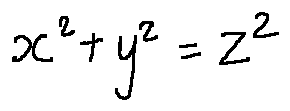
x ^ { 2 } + y ^ { 2 } = z ^ { 2 }